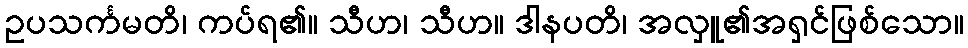
ဥပသင်္ကမတိ၊ ကပ်ရ၏။ သီဟ၊ သီဟ။ ဒါနပတိ၊ အလှူ၏အရှင်ဖြစ်သော။